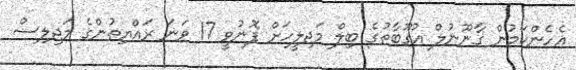
އެހެންކަމުން ގާނޫނުލް އުގޫބާތުގެ ބިލް މަޖިލީހަށް ފޮނުވީ 17 ވަނަ ރައްޔިތުންގެ މަޖިލިސް